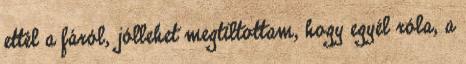
ettél a fáról, jóllehet megtiltottam, hogy egyél róla, a